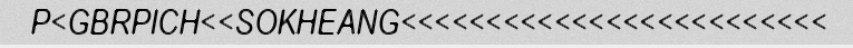
P<GBRPICH<<SOKHEANG<<<<<<<<<<<<<<<<<<<<<<<<<